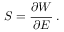
{ \boldsymbol { S } } = { \cfrac { \partial W } { \partial { \boldsymbol { E } } } } ~ .